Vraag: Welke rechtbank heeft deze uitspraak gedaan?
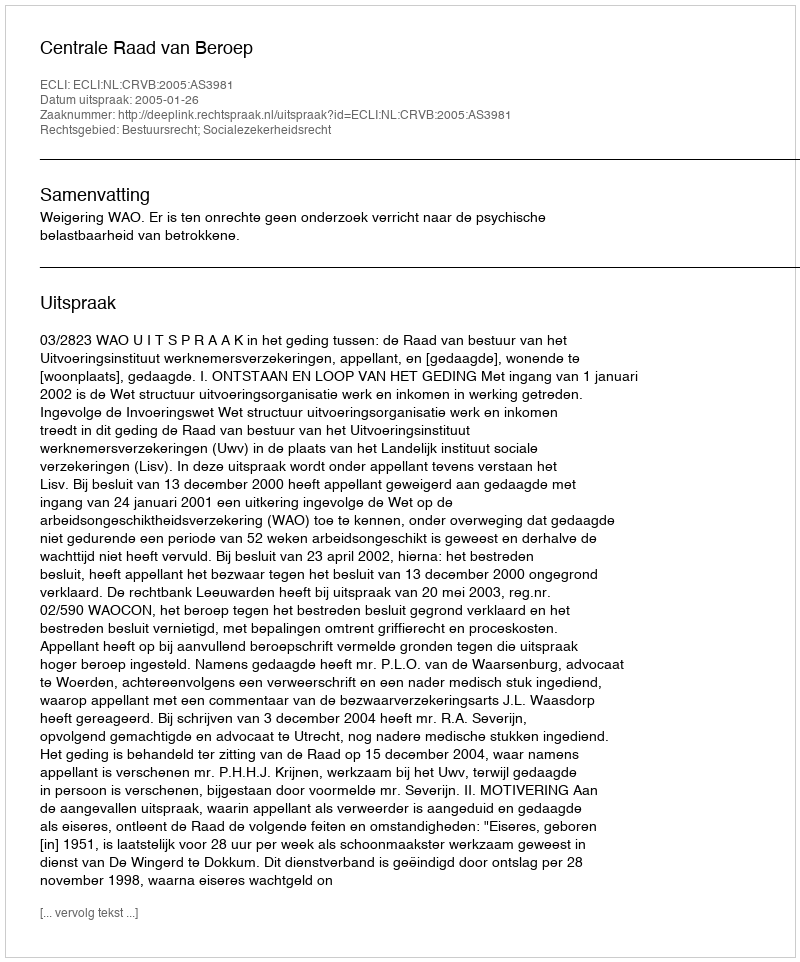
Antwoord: Centrale Raad van Beroep